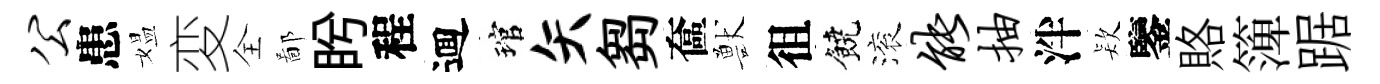
公患媪変全鄙盻程逥琯矢芻奩獸徂饒滚能抽泮𣣇鑒賂𥱼踞